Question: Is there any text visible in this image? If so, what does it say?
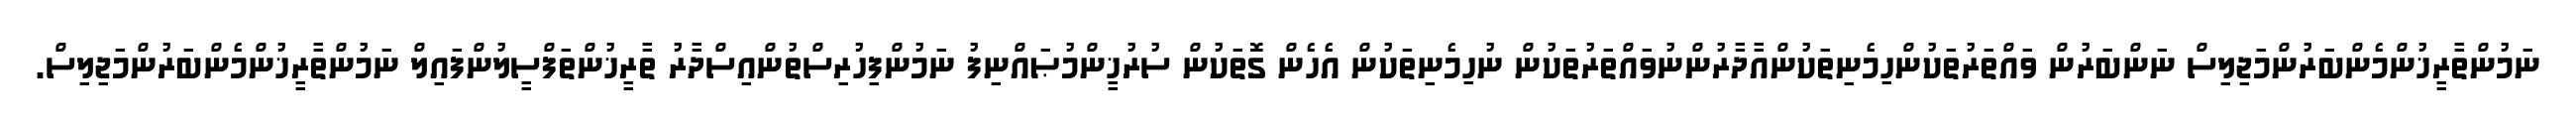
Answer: ނަމުންތާރީޚުންމެންބަރުންމަޖިލިސް ނަންބަރުން ވައްތަރުތަކުންހިމެނިތަކުންއާދާރުންނުވައްތަރުތަކުން ނުހިމެނިތަކުން އެހެން ގޮތަކުން ސުރުޚީންމުޞައްނިފު ނަމުންފިހުރިސްތުންއިސްދާރު ތާރީޚުންތަފްސީލުންފައިލް ނަމުންތާރީޚުންމެންބަރުންމަޖިލިސް.